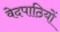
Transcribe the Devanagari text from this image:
वेदपाठियों